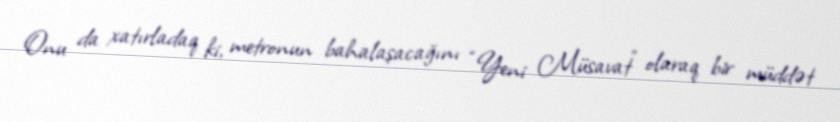
Onu da xatırladaq ki, metronun bahalaşacağını “Yeni Müsavat” olaraq bir müddət